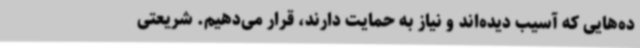
ده‌هایی که آسیب دیده‌اند و نیاز به حمایت دارند، قرار می‌دهیم. شریعتی